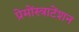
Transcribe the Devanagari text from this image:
प्रेमोंस्त्राटेंशन